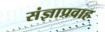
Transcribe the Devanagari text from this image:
संज्ञाप्रवाह